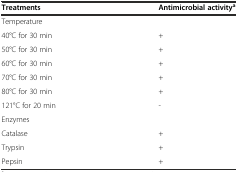
<table><thead><tr><td><b>Treatments</b></td><td><b>Antimicrobial activity<sup>a</sup></b></td></tr></thead><tbody><tr><td>Temperature</td><td></td></tr><tr><td>40°C for 30 min</td><td>+</td></tr><tr><td>50°C for 30 min</td><td>+</td></tr><tr><td>60°C for 30 min</td><td>+</td></tr><tr><td>70°C for 30 min</td><td>+</td></tr><tr><td>80°C for 30 min</td><td>+</td></tr><tr><td>121°C for 20 min</td><td>-</td></tr><tr><td>Enzymes</td><td></td></tr><tr><td>Catalase</td><td>+</td></tr><tr><td>Trypsin</td><td>+</td></tr><tr><td>Pepsin</td><td>+</td></tr></tbody></table>